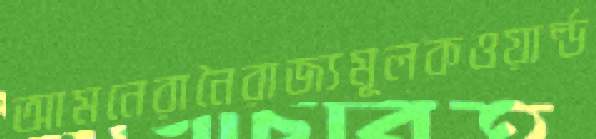
আমনেরানৈরাজ্যমূলকওয়ার্ল্ড